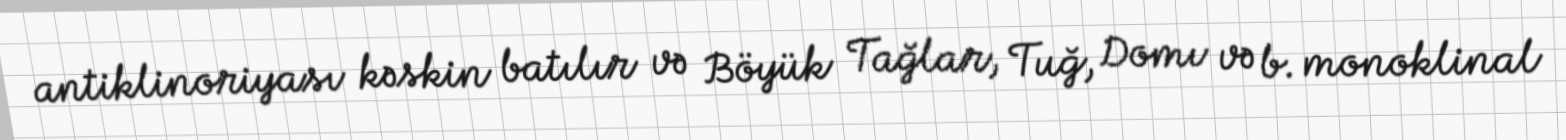
antiklinoriyası kəskin batılır və Böyük Tağlar, Tuğ, Domı və b. monoklinal